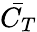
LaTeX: \bar{C_{T}}